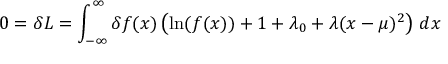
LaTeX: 0 = \delta L = \int _ { - \infty } ^ { \infty } \delta f ( x ) \left( \ln ( f ( x ) ) + 1 + \lambda _ { 0 } + \lambda ( x - \mu ) ^ { 2 } \right) \, d x